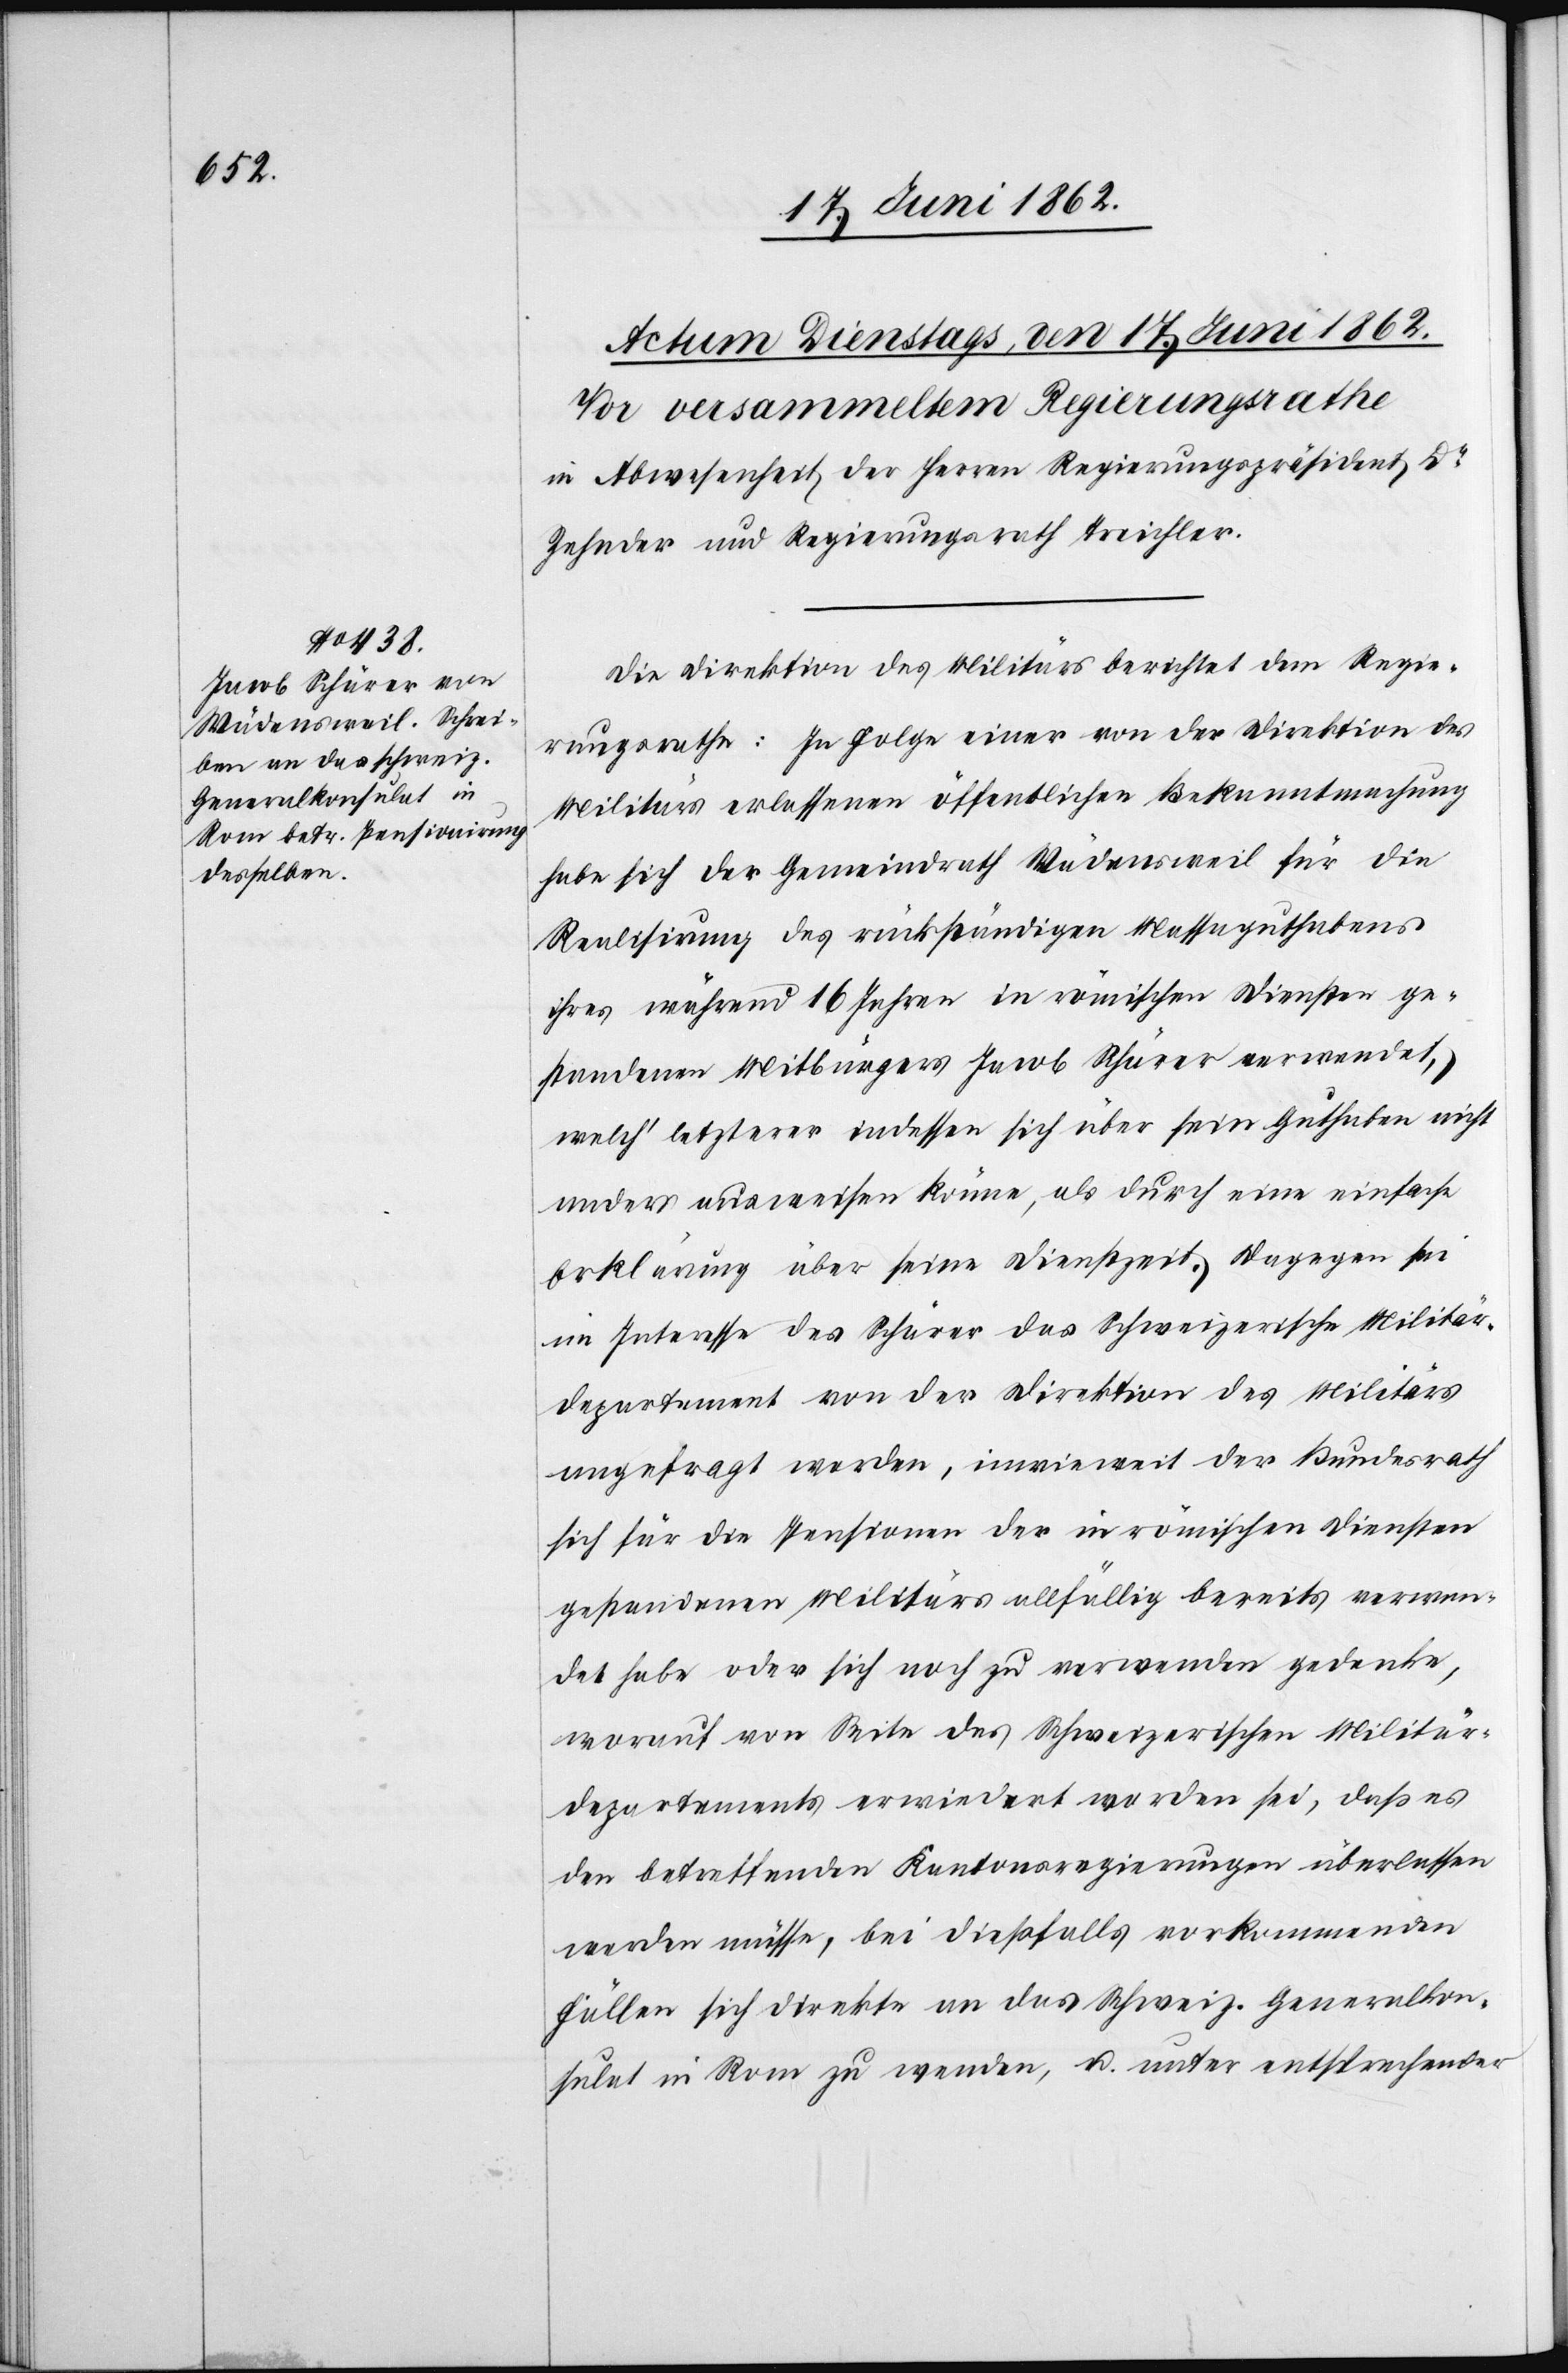
Die Direktion des Militärs berichtet dem Regie¬
rungsrathe: In Folge einer von der Direktion des
Militärs erlassenen öffentlichen Bekanntmachung
habe sich der Gemeindrath Wädensweil für die
Realisirung des rückständigen Massaguthabens
ihres während 16 Jahren in römischen Diensten ge¬
standenen Mitbürgers Jacob Schärer verwendet,
welch’ letzterer indessen sich über sein Guthaben nicht
anders ausweisen könne, als durch eine einfache
Erklärung über seine Dienstzeit. Dagegen sei
im Interesse des Schärer das Schweizerische Militär¬
departement von der Direktion des Militärs
angefragt worden, inwieweit der Bundesrath
sich für die Pensionen der in römischen Diensten
gestandenen Militärs allfällig bereits verwen¬
det habe oder sich noch zu verwenden gedenke,
worauf von Seite des Schweizerischen Militär¬
departements erwiedert worden sei, daß es
den betreffenden Kantonsregierungen überlassen
werden müsse, bei dießfalls vorkommenden
Fällen sich direkte an das Schweiz. Generalkon¬
sulat in Rom zu wenden, u. unter entsprechender